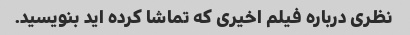
نظری درباره فیلم اخیری که تماشا کرده اید بنویسید.